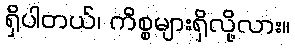
ရှိပါတယ်၊ ကိစ္စများရှိလို့လား။